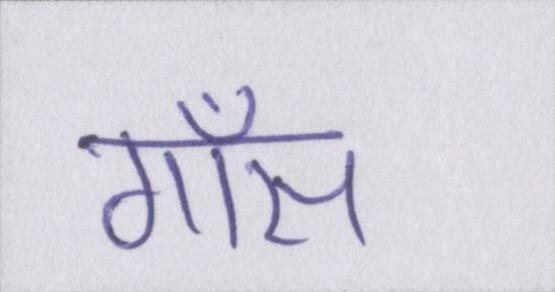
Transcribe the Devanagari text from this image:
गॉस